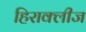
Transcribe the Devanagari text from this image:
हिराक्लीज